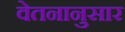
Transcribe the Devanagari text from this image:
वेतनानुसार